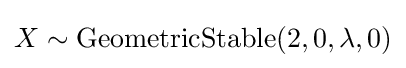
X\sim {\textrm {GeometricStable}}(2,0,\lambda ,0)